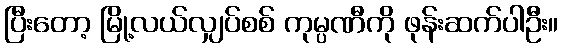
ပြီးတော့ မြို့လယ်လျှပ်စစ် ကုမ္ပဏီကို ဖုန်းဆက်ပါဦး။